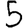
Digit: 5